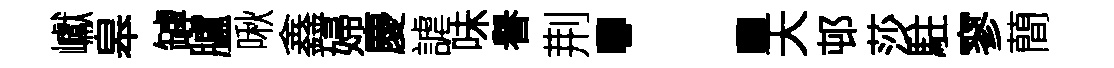
巘皋罅臚啾鑫婦慶謔味譽荆：天邨莎駐寥蕳